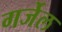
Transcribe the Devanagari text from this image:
गर्जेल